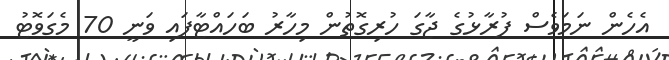
އެހެން ނަމަވެސް ފުރާޅުގެ ޖާގަ ހުރިގޮތުން މިހާރު ބަހައްޓާފައި ވަނީ 70 މެގަވޮޓު